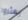
يعثروا